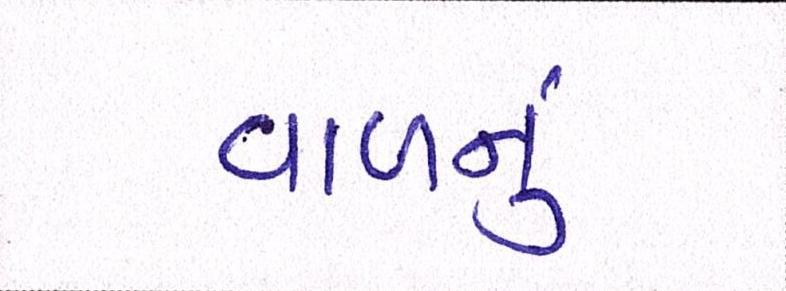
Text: વાળનું